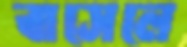
বাসেলে